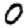
Digit: 0